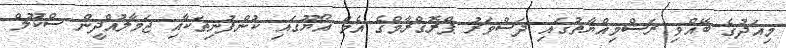
މިއަދުގެ ބޭއްވި ރަސްމިއްޔާތުގައި ދަސްވަރު ޕްރޮގްރާމްގެ އެމް އޯޔޫގައި ކުންފުނިތަކާއި ޖަމާލުއްދީން ސްކޫލް